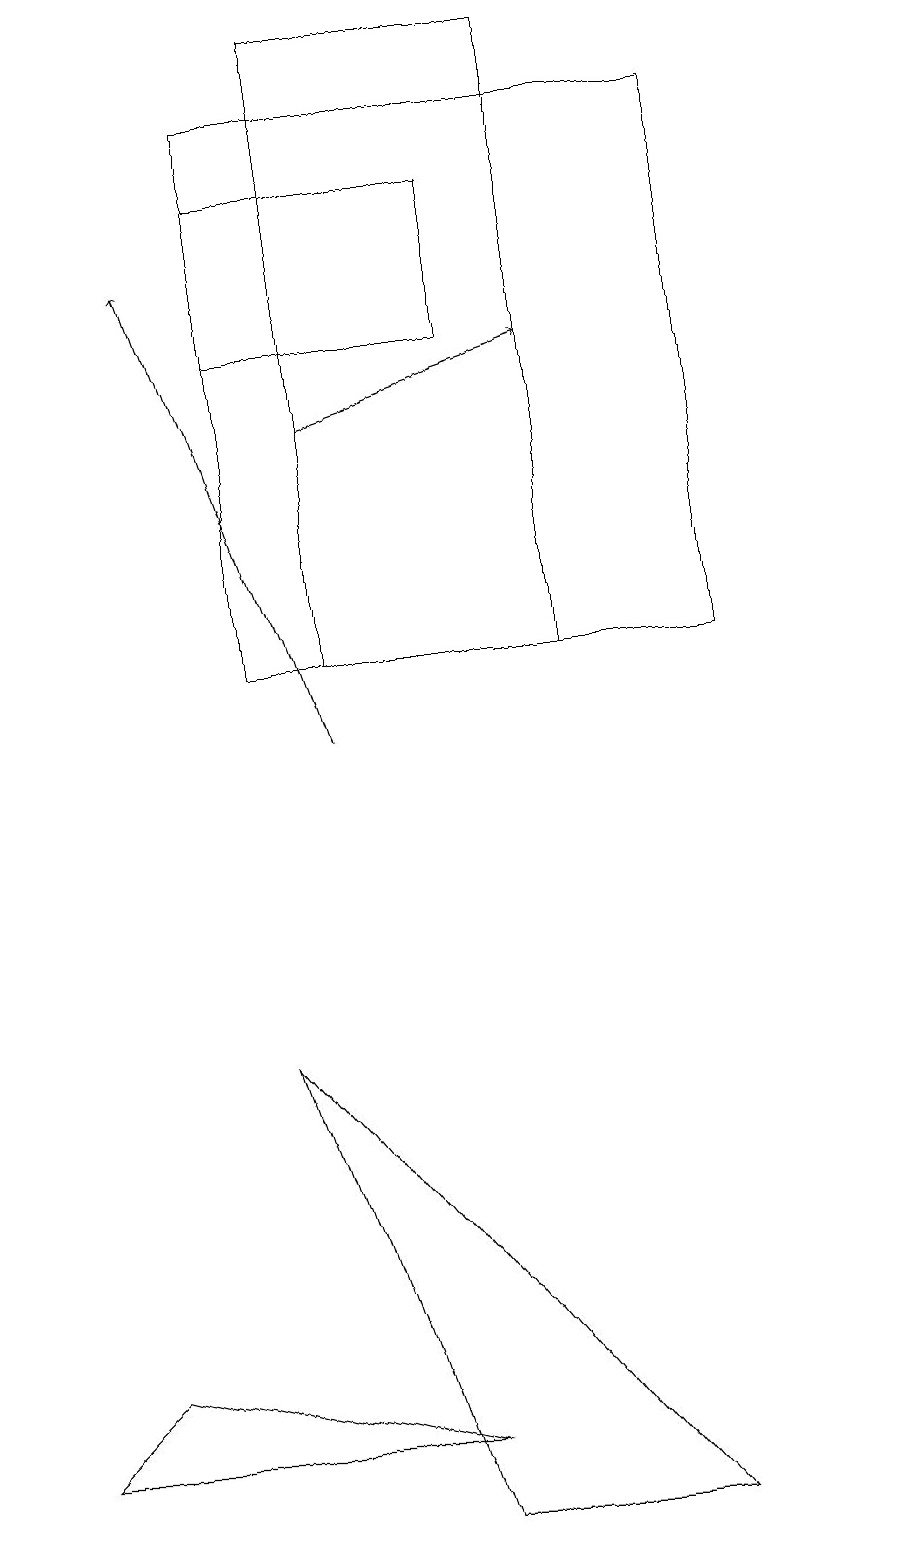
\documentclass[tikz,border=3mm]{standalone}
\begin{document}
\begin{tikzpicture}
\draw (3,18) rectangle (9,11);
\draw (11,11) circle (0);
\draw (7,11) rectangle (4,19);
\draw (5,0) -- (3,6) -- (8,0) -- cycle;
\draw[->] (4,10) -- (2,16);
\draw (1,2) -- (5,1) -- (0,1) -- cycle;
\draw (3,15) rectangle (6,17);
\draw[->] (4,14) -- (7,15);
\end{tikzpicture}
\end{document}